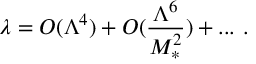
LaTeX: \lambda = { \cal O } ( \Lambda ^ { 4 } ) + { \cal O } ( \frac { \Lambda ^ { 6 } } { M _ { * } ^ { 2 } } ) + . . . ~ .